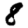
Digit: 8